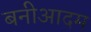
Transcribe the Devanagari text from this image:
बनीआदम